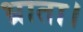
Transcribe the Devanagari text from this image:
भ्राता।